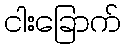
ငါးခြောက်